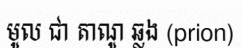
មូល ជា តាណូ ឆ្លង (prion)